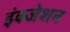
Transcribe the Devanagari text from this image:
इंक्जेशन